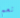
نعم